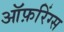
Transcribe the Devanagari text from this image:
ऑफ़रिंग्स